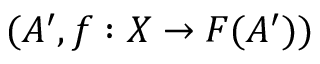
( A ^ { \prime } , f : X \to F ( A ^ { \prime } ) )